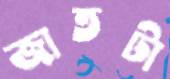
জাতটা